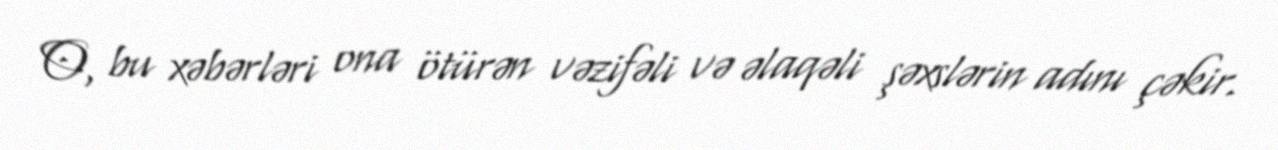
O, bu xəbərləri ona ötürən vəzifəli və əlaqəli şəxslərin adını çəkir.